Calcutta medical institutions reports 1871-78
Year: 1871
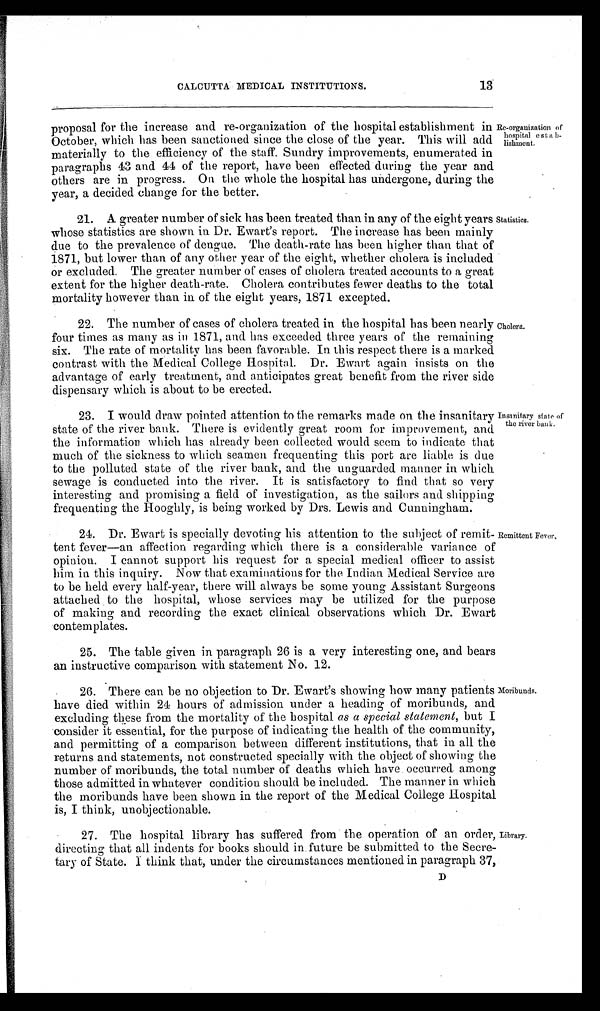
13
CALCUTTA MEDICAL INSTITUTIONS.
proposal for the increase and re-organization of the hospital establishment in
October, which has been sanctioned since the close of the year. This will add
materially to the efficiency of the staff. Sundry improvements, enumerated in
paragraphs 43 and 44 of the report, have been effected during the year and
others are in progress. On the whole the hospital has undergone, during the
year, a decided change for the better.
21. A greater number of sick has been treated than in any of the eight years
whose statistics are shown in Dr. Ewart's report. The increase has been mainly
due to the prevalence of dengue. The death-rate has been higher than that of
1871, but lower than of any other year of the eight, whether cholera is included
or excluded. The greater number of cases of cholera treated accounts to a great
extent for the higher death-rate. Cholera contributes fewer deaths to the total
mortality however than in of the eight years, 1871 excepted.
22. The number of cases of cholera treated in the hospital has been nearly
four times as many as in 1871, and has exceeded three years of the remaining
six. The rate of mortality has been favorable. In this respect there is a marked
contrast with the Medical College Hospital. Dr. Ewart again insists on the
advantage of early treatment, and anticipates great benefit from the river side
dispensary which is about to be erected.
23. I would draw pointed attention to the remarks made on the insanitary
state of the river bank. There is evidently great room for improvement, and
the information which has already been collected would seem to indicate that
much of the sickness to which seamen frequenting this port are liable is due
to the polluted state of the river bank, and the unguarded manner in which
sewage is conducted into the river. It is satisfactory to find that so very
interesting and promising a field of investigation, as the sailors and shipping
frequenting the Hooghly, is being worked by Drs. Lewis and Cunningham.
Re-organization of
hospital estab-
lishment.
Statistics.
Cholera.
Insanitary state of
the river bank.
24. Dr. Ewart is specially devoting his attention to the subject of remit-
tent fever—an affection regarding which there is a considerable variance of
opinion. I cannot support his request for a special medical officer to assist
him in this inquiry. Now that examinations for the Indian Medical Service are
to be held every half-year, there will always be some young Assistant Surgeons
attached to the hospital, whose services may be utilized for the purpose
of making and recording the exact clinical observations which Dr. Ewart
contemplates.
Remittent Fever.
25. The table given in paragraph 26 is a very interesting one, and bears
an instructive comparison with statement No. 12.
26. There can be no objection to Dr. Ewart's showing how many patients
have died within 24 hours of admission under a heading of moribunds, and
excluding these from the mortality of the hospital as a special statement , but I
consider it essential, for the purpose of indicating the health of the community,
and permitting of a comparison between different institutions, that in all the
returns and statements, not constructed specially with the object of showing the
number of moribunds, the total number of deaths which have occurred among
those admitted in whatever condition should be included. The manner in which
the moribunds have been shown in the report of the Medical College Hospital
is, I think, unobjectionable.
27. The hospital library has suffered from the operation of an order,
directing that all indents for books should in future be submitted to the Secre-
tary of State. I think that, under the circumstances mentioned in paragraph 37,
Moribunds.
Library.
D